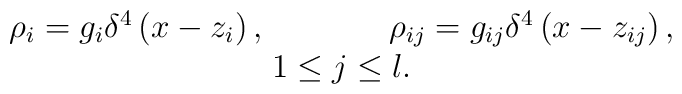
\begin{array}{c}\rho _i=g_i\delta ^4\left( x-z_i\right),\,\,\,\,\,\,\,\,\,\,\,\,\,\,\,\,\,\,\,\,\,\,\rho _{ij}=g_{ij}\delta^4\left( x-z_{ij}\right) , \\ 1\leq j\leq l. \end{array}